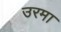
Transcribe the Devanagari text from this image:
उरमा